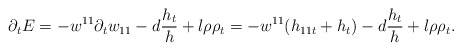
\begin{align*}\partial_{t}E=-w^{11}\partial_{t}w_{11}-d\frac{h_{t}}{h}+l\rho\rho_{t}=-w^{11}(h_{11t}+h_{t})-d\frac{h_{t}}{h}+l\rho\rho_{t}.\end{align*}